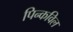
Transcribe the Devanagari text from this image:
पिन्कविल